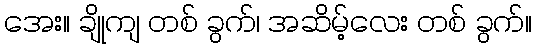
အေး။ ချိုကျ တစ် ခွက်၊ အဆိမ့်လေး တစ် ခွက်။